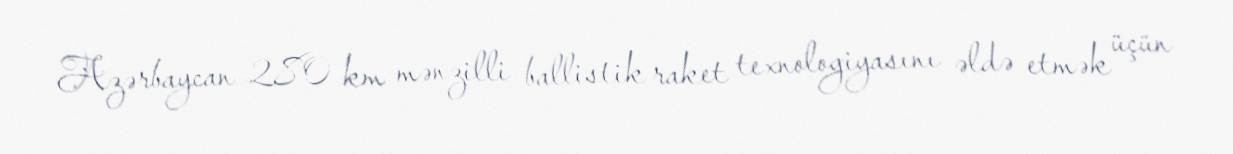
Azərbaycan 280 km mənzilli ballistik raket texnologiyasını əldə etmək üçün